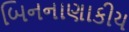
બિનનાણાકીય